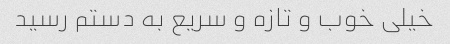
خیلی خوب و تازه و سریع به دستم رسید